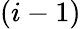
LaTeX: (i-1)